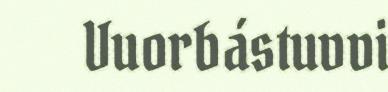
Vuorbástuvvi